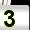
Digit: 3